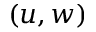
( u , w )